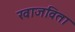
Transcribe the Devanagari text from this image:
खाजविता